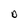
Character: D